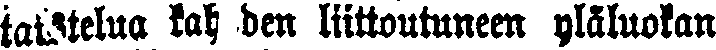
taistelua kahden liittoutuneen yläluokan